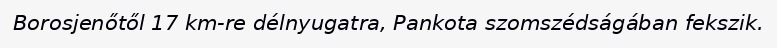
Borosjenőtől 17 km-re délnyugatra, Pankota szomszédságában fekszik.